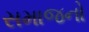
સમાજનો